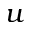
u